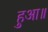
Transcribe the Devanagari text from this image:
हुआ॥